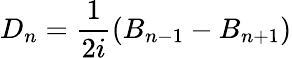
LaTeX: D_{n}=\frac{1}{2i}\left(B_{n-1}-B_{n+1}\right)